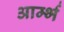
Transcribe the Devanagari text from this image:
आर्म्भ